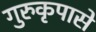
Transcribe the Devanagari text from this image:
गुरुकृपासे